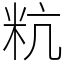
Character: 粇